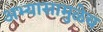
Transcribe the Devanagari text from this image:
अभ्यासामुळेच